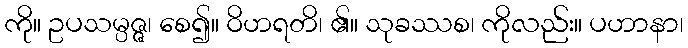
ကို။ ဥပသမ္ပဇ္ဇ၊ စေ၍။ ဝိဟရတိ၊ ၏။ သုခဿစ၊ ကိုလည်း။ ပဟာနာ၊